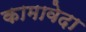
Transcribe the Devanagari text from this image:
कामावेदा